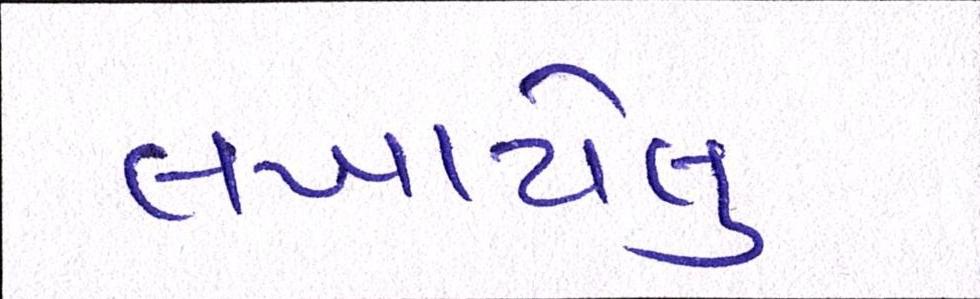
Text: લખાયેલુ